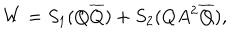
LaTeX: W = S _ { 1 } ( Q \overline { { { Q } } } ) + S _ { 2 } ( Q A ^ { 2 } \overline { { { Q } } } ) ,